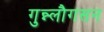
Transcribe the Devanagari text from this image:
गुन्न्लौगसन